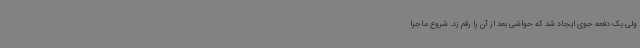
ولی یک دفعه جوی ایجاد شد که حواشی بعد از آن را رقم زد. شروع ماجرا